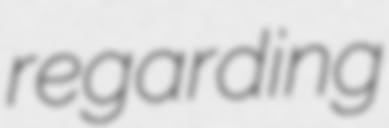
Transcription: regarding